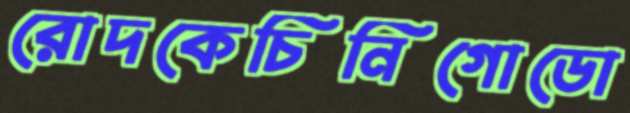
রোদকেচিনিগোডো